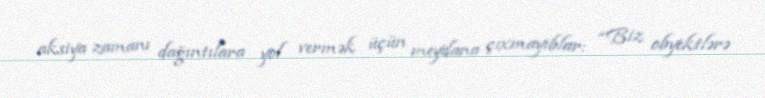
aksiya zamanı dağıntılara yol vermək üçün meydana çıxmayıblar: “Biz obyektlərə